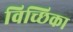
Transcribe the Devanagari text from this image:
विच्छिका